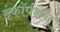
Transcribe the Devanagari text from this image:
इंकॉर्पशन